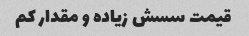
قیمت سسش زیاده و مقدار کم